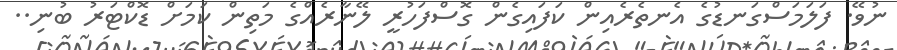
ނުވޭ. ފަލަމަސްގަނޑުގެ އެނތެރެއިން ކަފައިގެން ގޮސްފަހުރީ ލޭނާރެއްގެ މަތިން ކަމަށް ޑޮކްޓަރު ބުނި..